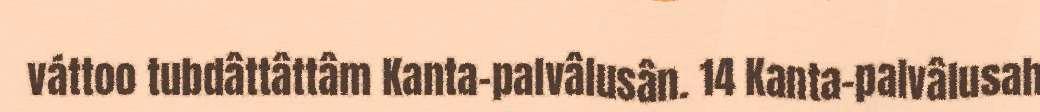
váttoo tubdâttâttâm Kanta-palvâlusân. 14 Kanta-palvâlusah